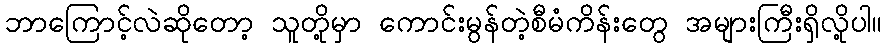
ဘာကြောင့်လဲဆိုတော့ သူတို့မှာ ကောင်းမွန်တဲ့စီမံကိန်းတွေ အများကြီးရှိလို့ပါ။